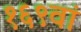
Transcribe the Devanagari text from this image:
१६९वां